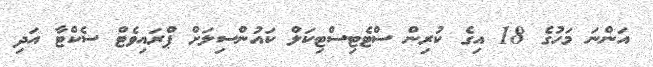
އަންނަ މަހުގެ 18 އިގެ ކުރިން ސްޓެޓިސްޓިކަލް ކައުންސިލަށް ޕްރައިވެޓް ސެކްޓާ އަދި